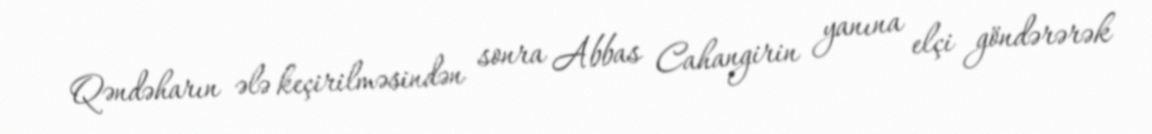
Qəndəharın ələ keçirilməsindən sonra Abbas Cahangirin yanına elçi göndərərək